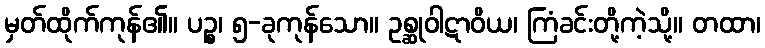
မှတ်ထိုက်ကုန်၏။ ပဉ္စ၊ ၅-ခုကုန်သော။ ဥစ္ဆုဝါဋာဝိယ၊ ကြံခင်းတို့ကဲ့သို့။ တထာ၊